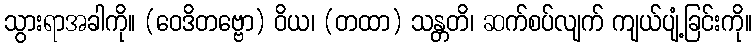
သွားရာအခါကို။ (ဝေဒိတဗ္ဗော) ဝိယ၊ (တထာ) သန္တတိ၊ ဆက်စပ်လျက် ကျယ်ပျံ့ခြင်းကို။